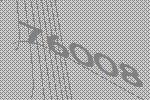
76008